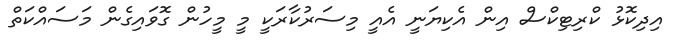
އިދިކޮޅު ކްރިޓިކްސް އިން އެކިޔަނީ އެއީ މިސަރުކާރަކީ މީ މީހުން ގޮވައިގެން މަސައްކަތް